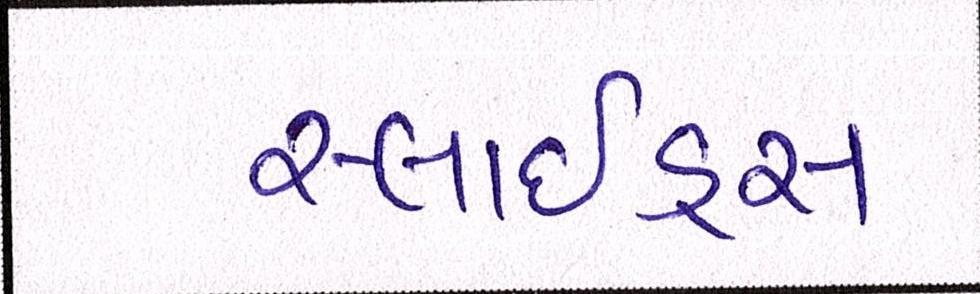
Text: સ્લાઇડ્સ